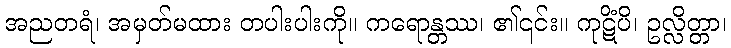
အညတရံ၊ အမှတ်မထား တပါးပါးကို။ ကရောန္တဿ၊ ၏၎င်း။ ကုဋိံပိ၊ ဥလ္လိတ္တာ၊